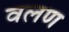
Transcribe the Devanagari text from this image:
वलण